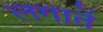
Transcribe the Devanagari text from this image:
लगातें